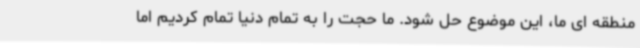
منطقه ای ما، این موضوع حل شود. ما حجت را به تمام دنیا تمام کردیم اما